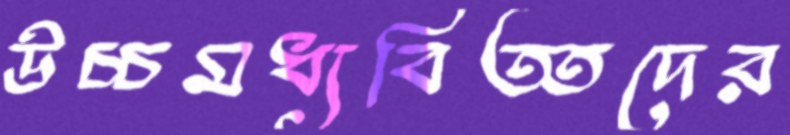
উচ্চমধ্যবিত্তদের